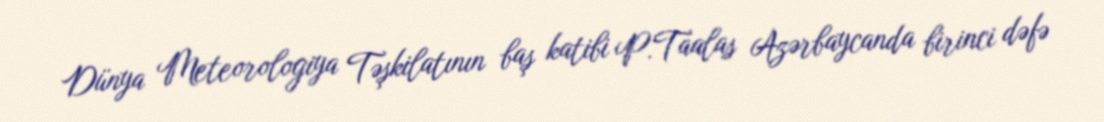
Dünya Meteorologiya Təşkilatının baş katibi P.Taalas Azərbaycanda birinci dəfə